Code of medical and sanitary regulations for the guidance of medical officers serving in the Madras Presidency - Volume I
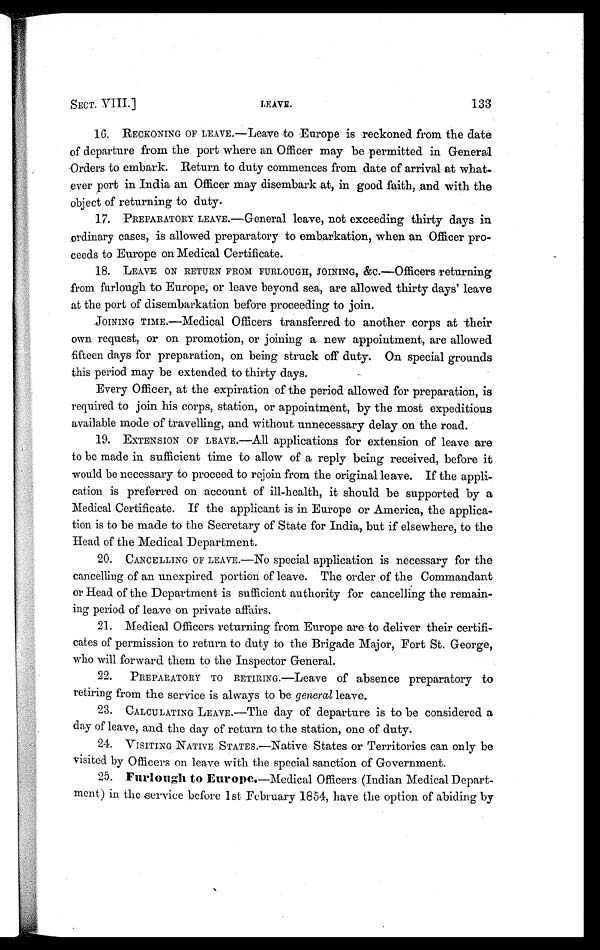
SECT. VIII.]
LEAVE.
133
10. RECKONING OF LEAVE.—Leave to Europe is reckoned from the date
of departure from the port where an Officer may be permitted in General
Orders to embark. Return to duty commences from date of arrival at what-
ever port in India an Officer may disembark at, in good faith, and with the
object of returning to duty.
17. PREPARATORY LEAVE.—G-eneral leave, not exceeding thirty days in
ordinary cases, is allowed preparatory to embarkation, when an Officer pro-
ceeds to Europe on Medical Certificate.
18. LEAVE ON RETURN FROM FURLOUGH, JOINING, &c.—Officers returning
from furlough to Europe, or leave beyond sea, are allowed thirty days' leave
at the port of disembarkation before proceeding to join.
JOINING TIME.—Medical Officers transferred to another corps at their
own request, or on promotion, or joining a new appointment, are allowed
fifteen days for preparation, on being struck off duty. On special grounds
this period may be extended to thirty days.
Every Officer, at the expiration of the period allowed for preparation, is
required to join his corps, station, or appointment, by the most expeditious
available mode of travelling, and without unnecessary delay on the road.
19. EXTENSION OF LEAVE.—All applications for extension of leave are
to be made in sufficient time to allow of a reply being received, before it
would be necessary to proceed to rejoin from the original leave. If the appli-
cation is preferred on account of ill-health, it should be supported by a
Medical Certificate. If the applicant is in Europe or America, the applica-
tion is to be made to the Secretary of State for India, but if elsewhere, to the
Head of the Medical Department.
20. CANCELLING OF LEAVE.—No special application is necessary for the
cancelling of an unexpired portion of leave. The order of the Commandant
or Head of the Department is sufficient authority for cancelling the remain-
ing period of leave on private affairs.
21. Medical Officers returning from Europe are to deliver their certifi-
cates of permission to return to duty to the Brigade Major, Fort St. George,
who will forward them to the Inspector General.
22. PREPARATORY TO RETIRING.—Leave of absence preparatory to
retiring from the service is always to be general leave.
23. CALCULATING LEAVE.—The day of departure is to be considered a
day of leave, and the day of return to the station, one of duty.
24. VISITING NATIVE STATES.—Native States or Territories can only be
visited by Officers on leave with the special sanction of Government.
25. Furlough to Europe. —Medical Officers (Indian Medical Depart-
ment) in the service before 1st February 1854, have the option of abiding by